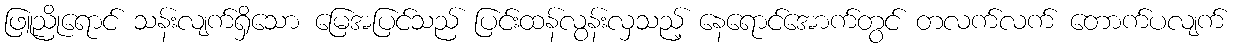
ဖြူညိုရောင် သန်းလျက်ရှိသော မြေအပြင်သည် ပြင်းထန်လွန်းလှသည့် နေရောင်အောက်တွင် တလက်လက် တောက်ပလျက်